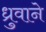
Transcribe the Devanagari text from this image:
ध्रुवाने